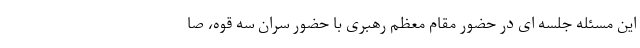
این مسئله جلسه ای در حضور مقام معظم رهبری با حضور سران سه قوه، صا